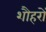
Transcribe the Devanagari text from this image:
शौहरों